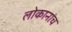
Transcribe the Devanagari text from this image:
लोकानांच